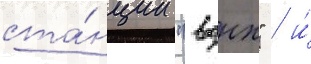
ста́нции "вднх" / и́